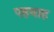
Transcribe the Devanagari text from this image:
पहवाह